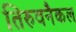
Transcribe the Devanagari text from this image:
तिरुवनैकल